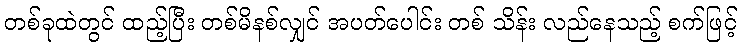
တစ်ခုထဲတွင် ထည့်ပြီး တစ်မိနစ်လျှင် အပတ်ပေါင်း တစ် သိန်း လည်နေသည့် စက်ဖြင့်